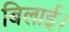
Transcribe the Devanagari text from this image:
बिलाई।